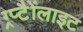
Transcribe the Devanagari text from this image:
ग्र्प्टैैोंलाइट